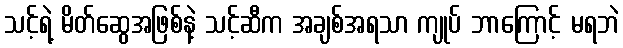
သင့်ရဲ့ မိတ်ဆွေအဖြစ်နဲ့ သင့်ဆီက အချစ်အရသာ ကျုပ် ဘာကြောင့် မရဘဲ